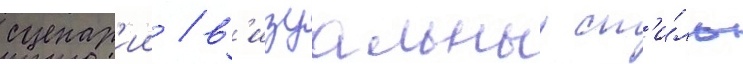
сценар'ии / в'изуальныи ст'и́ль